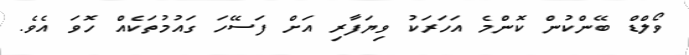
ވޯލްޑް ބޭންކުން ކޮންމެ އަހަރަކު ވިޔަފާރި އަށް ފަސޭހަ ގައުމުތަކެއް ހޮވަ އެވެ.